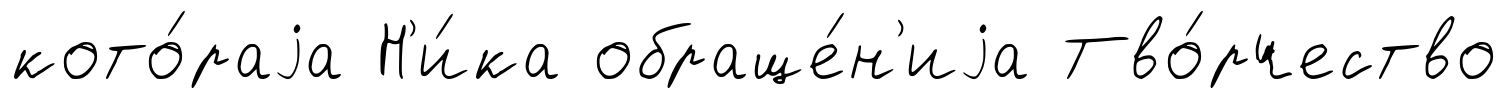
кото́раjа Н'и́ка обраще́н'иjа Тво́рчество